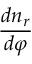
\frac { d n _ { r } } { d \varphi }